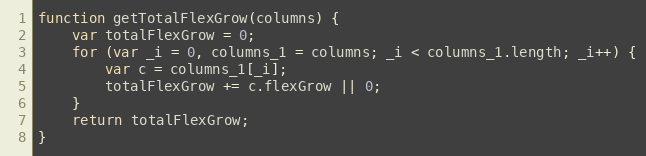
Language: JavaScript
function getTotalFlexGrow(columns) {
    var totalFlexGrow = 0;
    for (var _i = 0, columns_1 = columns; _i < columns_1.length; _i++) {
        var c = columns_1[_i];
        totalFlexGrow += c.flexGrow || 0;
    }
    return totalFlexGrow;
}